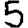
Digit: 5